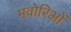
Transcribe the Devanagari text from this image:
मवोरिओं